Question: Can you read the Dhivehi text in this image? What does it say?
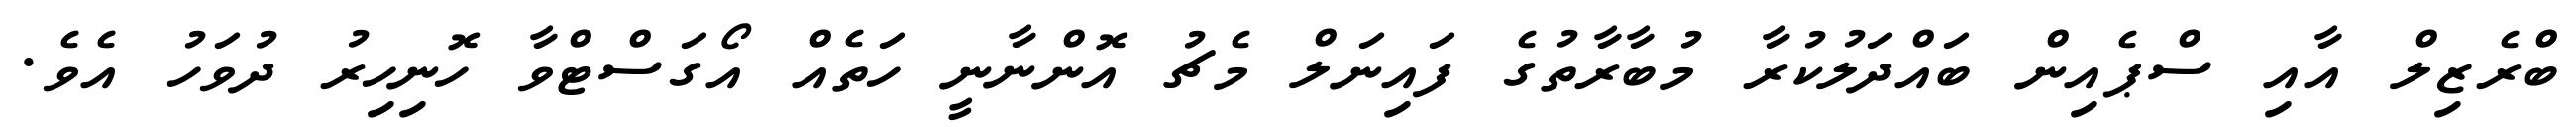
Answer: ބްރެޒިލް އާއި ސްޕެއިން ބައްދަލުކުރާ މުބާރާތުގެ ފައިނަލް މެޗު އޮންނާނީ ހަތެއް އޯގަސްޓްވާ ހޮނިހިރު ދުވަހު އެވެ.